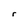
Character: r